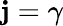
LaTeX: \mathbf{j}=\gamma